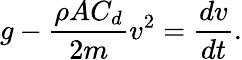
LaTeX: g-{\frac{\rho AC_{d}}{2m}}v^{2}={\frac{dv}{dt}}.